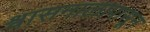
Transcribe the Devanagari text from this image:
श्वासनालापासून